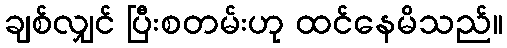
ချစ်လျှင် ပြီးစတမ်းဟု ထင်နေမိသည်။